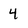
Character: 4